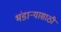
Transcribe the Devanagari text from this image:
भंडार्‍यासाठी